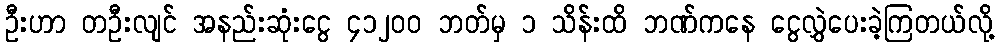
ဦးဟာ တဦးလျင် အနည်းဆုံးငွေ ၄၁၂၀၀ ဘတ်မှ ၁ သိန်းထိ ဘဏ်ကနေ ငွေလွှဲပေးခဲ့ကြတယ်လို့